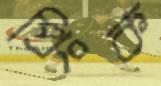
প্রিংক